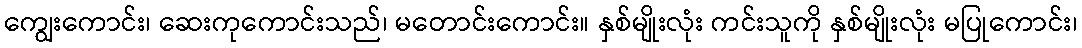
ကျွေးကောင်း၊ ဆေးကုကောင်းသည်၊ မတောင်းကောင်း။ နှစ်မျိုးလုံး ကင်းသူကို နှစ်မျိုးလုံး မပြုကောင်း၊